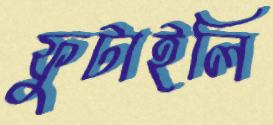
ফুটাইলি